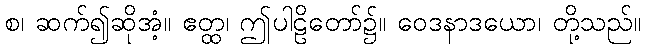
စ၊ ဆက်၍ဆိုအံ့။ ဧတ္ထ၊ ဤပါဠိတော်၌။ ဝေဒနာဒယော၊ တို့သည်။